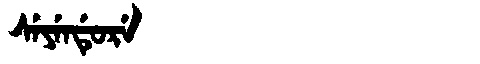
Manchu: ᠰᡝᠶᡝᠨᡩᡠᡵᡝ
Romanization: SEYENDURE